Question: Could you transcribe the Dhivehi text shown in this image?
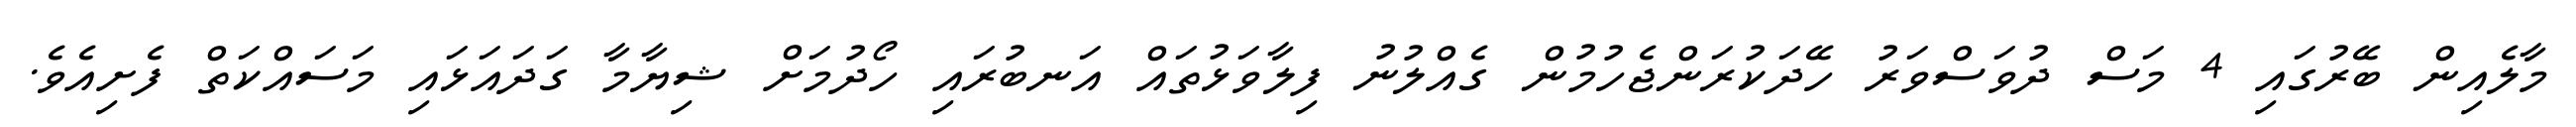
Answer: މާލެއިން ބޭރުގައި 4 މަސް ދުވަސްވަރު ހޭދަކުރަންޖެހުމުން ގެއްލުނު ފިލާވަޅުތައް އަނބުރައި ހޯދުމަށް ޝިޔާމާ ގަދައަޅައި މަސައްކަތް ފެށިއެވެ.